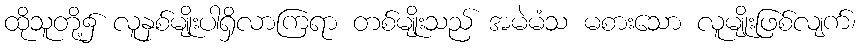
ထိုသူတို့၌ လူနှစ်မျိုးပါရှိလာကြရာ တစ်မျိုးသည် အမဲမံသ မစားသော လူမျိုးဖြစ်လျက်၊